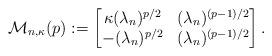
LaTeX: \begin{align*}\mathcal M_{n,\kappa}(p) := \begin{bmatrix}\kappa (\lambda_n)^{p/2} & (\lambda_n)^{(p-1)/2} \\ - (\lambda_n)^{p/2} & (\lambda_n)^{(p-1)/2}\end{bmatrix}.\end{align*}